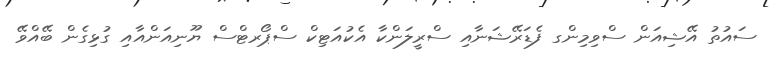
ސައުތު އޭޝިއަން ސްވިމިންގ ފެޑަރޭޝަނާއި ސްރީލަންކާ އެކުއަޓިކް ސްޕޯރޓްސް ޔޫނިއަންއާއި ގުޅިގެން ބޭއްވޭ